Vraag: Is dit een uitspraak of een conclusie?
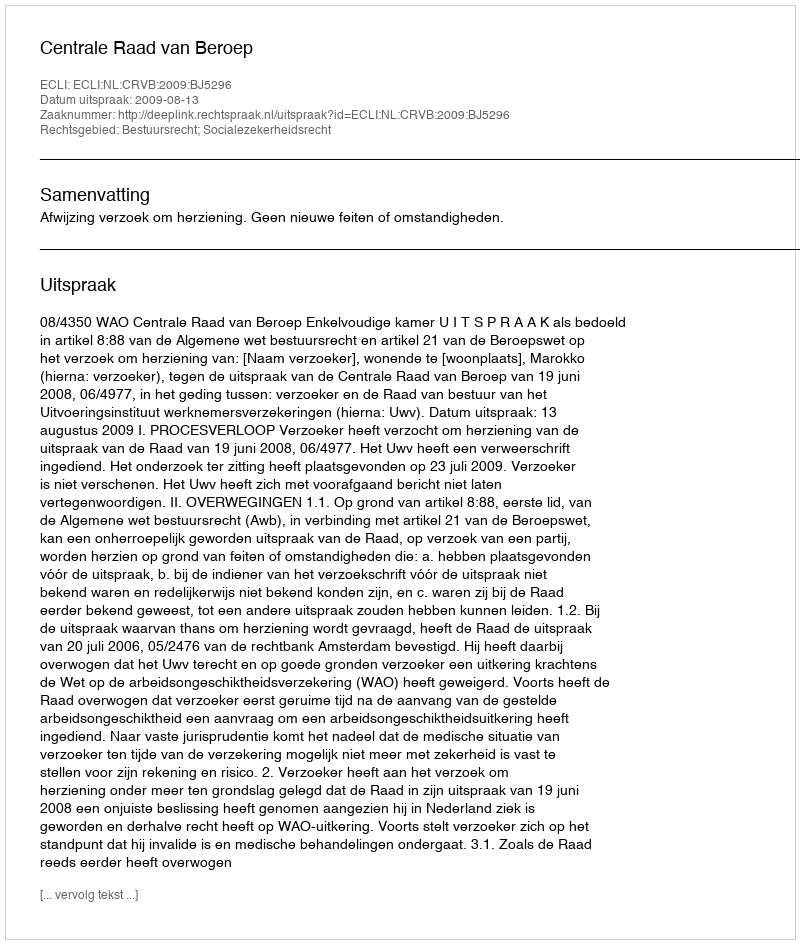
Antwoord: Uitspraak